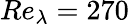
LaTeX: Re_{\lambda}=270